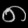
Digit: ၈